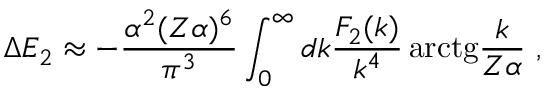
\Delta E _ { 2 } \approx - \frac { \alpha ^ { 2 } ( Z \alpha ) ^ { 6 } } { \pi ^ { 3 } } \int _ { 0 } ^ { \infty } d k \frac { { \cal F } _ { 2 } ( k ) } { k ^ { 4 } } \, \mathrm { a r c t g } \frac { k } { Z \alpha } \ ,